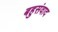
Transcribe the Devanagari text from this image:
बहुसंवाद